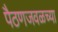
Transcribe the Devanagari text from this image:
पैठणजवळच्या